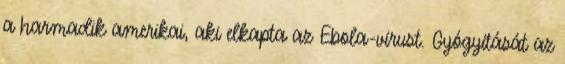
a harmadik amerikai, aki elkapta az Ebola-vírust. Gyógyítását az